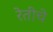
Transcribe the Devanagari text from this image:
रेतीचे